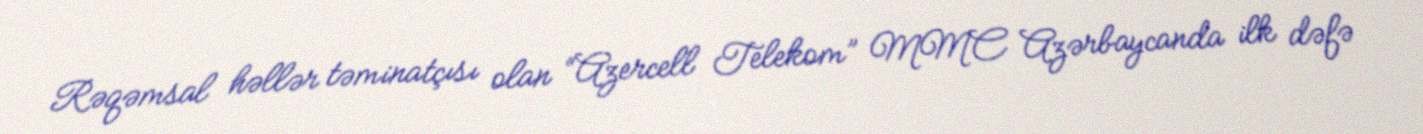
Rəqəmsal həllər təminatçısı olan “Azercell Telekom” MMC Azərbaycanda ilk dəfə